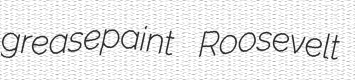
greasepaint Roosevelt